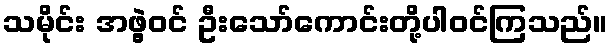
သမိုင်း အဖွဲ့ဝင် ဦးသော်ကောင်းတို့ပါဝင်ကြသည်။